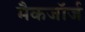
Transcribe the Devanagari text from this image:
मैकजॉर्ज